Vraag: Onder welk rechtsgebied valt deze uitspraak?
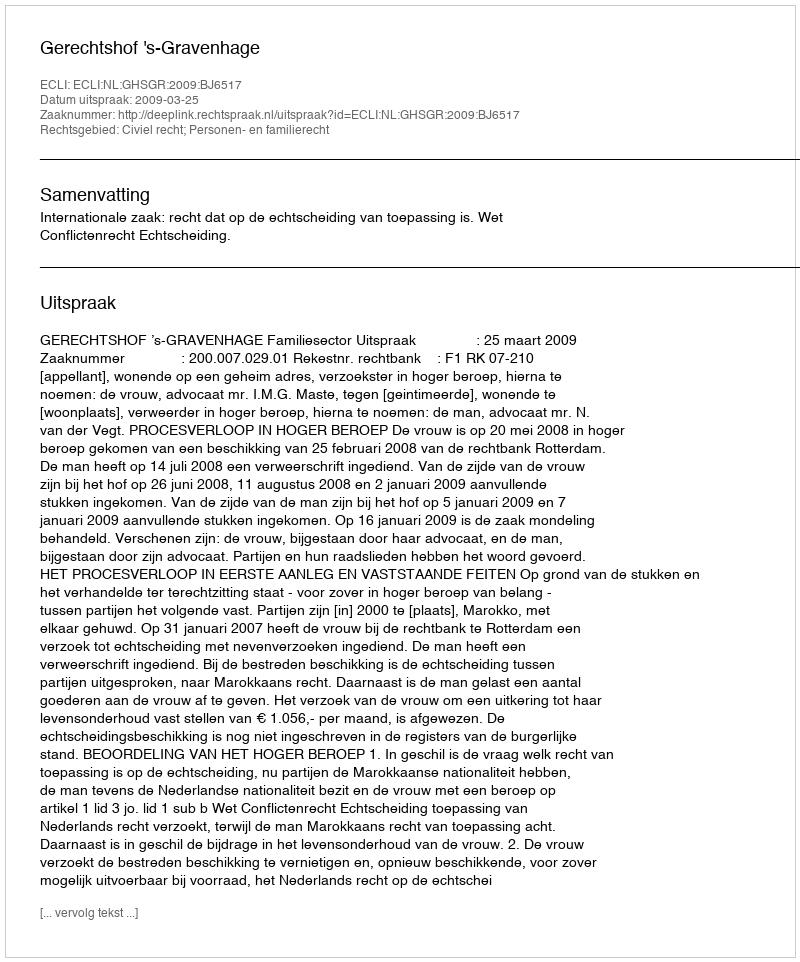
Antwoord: Civiel recht; Personen- en familierecht